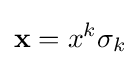
\mathbf {x} =x^{k}\sigma _{k}